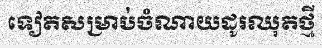
ទៀតសម្រាប់ចំណាយដូរឈុតថ្មី